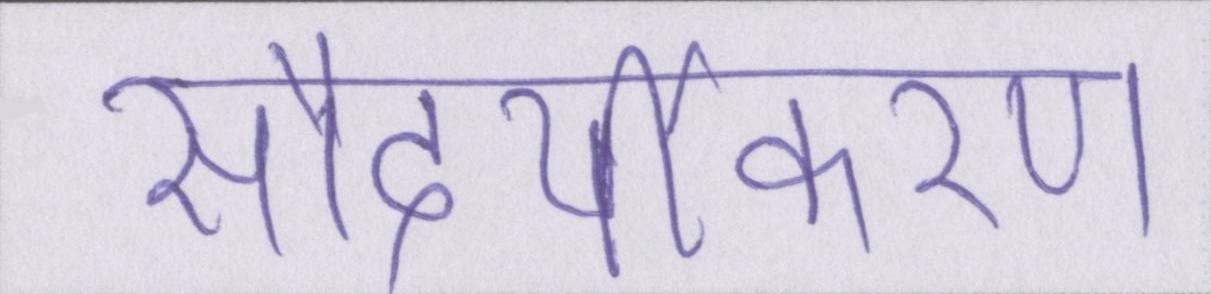
सौंदर्यीकरण